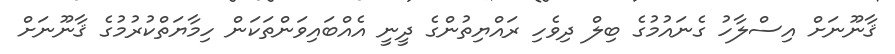
ޤާނޫނަށް އިސްލާހު ގެނައުމުގެ ބިލް ދިވެހި ރައްޔިތުންގެ ދީނީ އެއްބައިވަންތަކަން ހިމާޔަތްކުރުމުގެ ޤާނޫނަށް